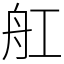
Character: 舡